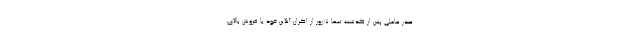
صدر عاملی پس از گذشت تنها ۱۷روز از اکران آنلاین خود با فروش بالای